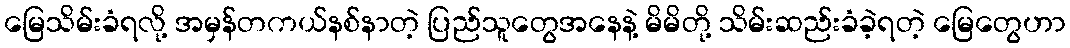
မြေသိမ်းခံရလို့ အမှန်တကယ်နစ်နာတဲ့ ပြည်သူတွေအနေနဲ့ မိမိတို့ သိမ်းဆည်းခံခဲ့ရတဲ့ မြေတွေဟာ